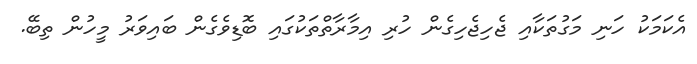
އެކަމަކު ހަނި މަގުތަކާއި ޖެހިޖެހިގެން ހުރި އިމާރާތްތަކުގައި ބޮޑިވެގެން ބައިވަރު މީހުން ތިބޭ.